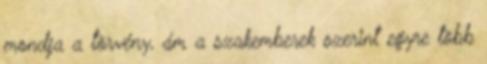
mondja a törvény, ám a szakemberek szerint egyre több